画像に写った文字を読んでください
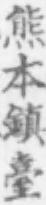
「熊本鎮臺」と書いてあります